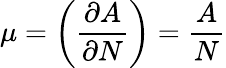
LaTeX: \mu=\biggl({\frac{\partial A}{\partial N}}\biggr)={\frac{A}{N}}